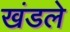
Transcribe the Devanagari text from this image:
खंडले